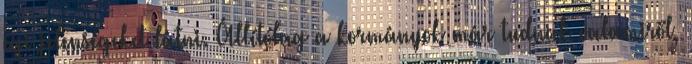
égi jelenségeket látni. Állítólag a kormányok már tudnak valamiről,